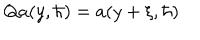
Q a ( y , { \hbar } ) = a ( y + \xi , \hbar )